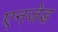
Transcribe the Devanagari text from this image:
एनजेड